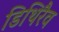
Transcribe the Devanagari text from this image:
डिथिरैव